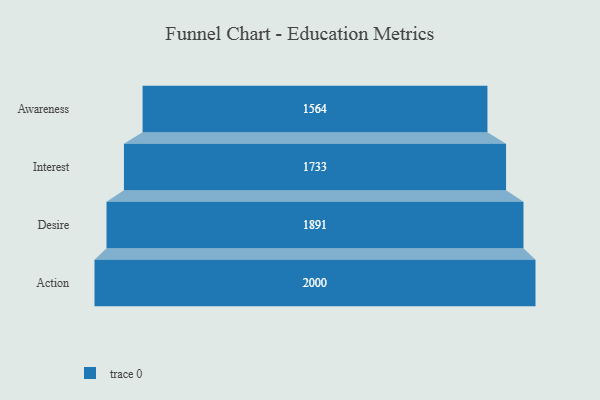
{"axis": {"x": "Stage", "y": "Value"}, "legend": [""], "data": [{"x": "Awareness", "y": 1564.0, "type": ""}, {"x": "Interest", "y": 1733.0, "type": ""}, {"x": "Desire", "y": 1891.0, "type": ""}, {"x": "Action", "y": 2000, "type": ""}]}